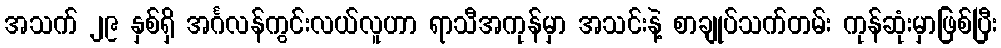
အသက် ၂၉ နှစ်ရှိ အင်္ဂလန်ကွင်းလယ်လူဟာ ရာသီအကုန်မှာ အသင်းနဲ့ စာချုပ်သက်တမ်း ကုန်ဆုံးမှာဖြစ်ပြီး